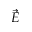
\vec { E }